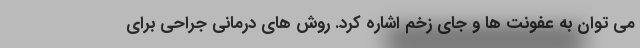
می توان به عفونت ها و جای زخم اشاره کرد. روش های درمانی جراحی برای